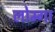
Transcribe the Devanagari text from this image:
लोम्गा